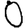
Digit: 0